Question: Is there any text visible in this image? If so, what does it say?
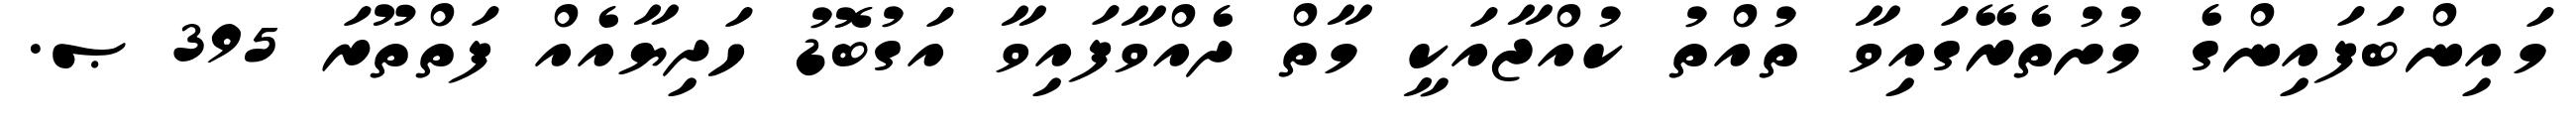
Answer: މައިންބަފައިންގެ މުށުތެރޭގައިވާ ތުއްތު ކުއްޖާއަކީ މާތް ދެއްވާފައިވާ އަގުބޮޑު ހަދިޔާއެއް ފަތްތޫރަ 395 ޞ.